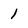
Character: 1